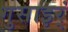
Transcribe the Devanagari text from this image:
गुसाइर्ं